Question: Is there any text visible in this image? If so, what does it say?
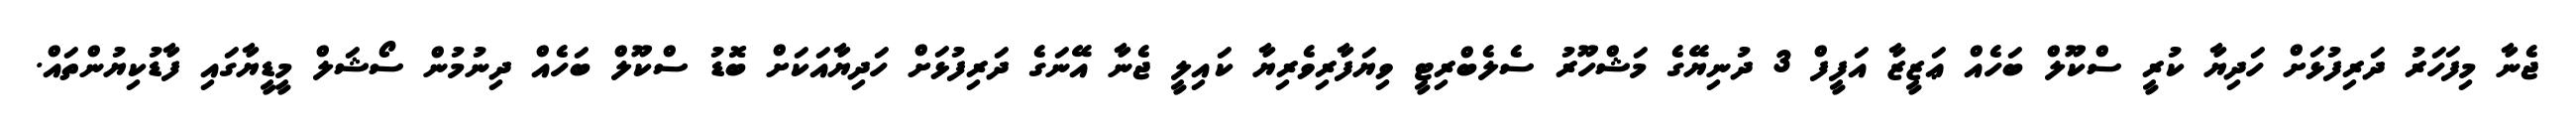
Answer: ޖެނާ މިފަހަރު ދަރިފުޅަށް ހަދިޔާ ކުރީ ސްކޫލް ބަހެއް ޢަޒީޒާ އަފީފް 3 ދުނިޔޭގެ މަޝްހޫރު ސެލެބްރިޓީ ވިޔަފާރިވެރިޔާ ކައިލީ ޖެނާ އޭނަގެ ދަރިފުޅަށް ހަދިޔާއަކަށް ބޮޑު ސްކޫލް ބަހެއް ދިނުމުން ސޯޝަލް މީޑީޔާގައި ފާޑުކިޔުންތައް.